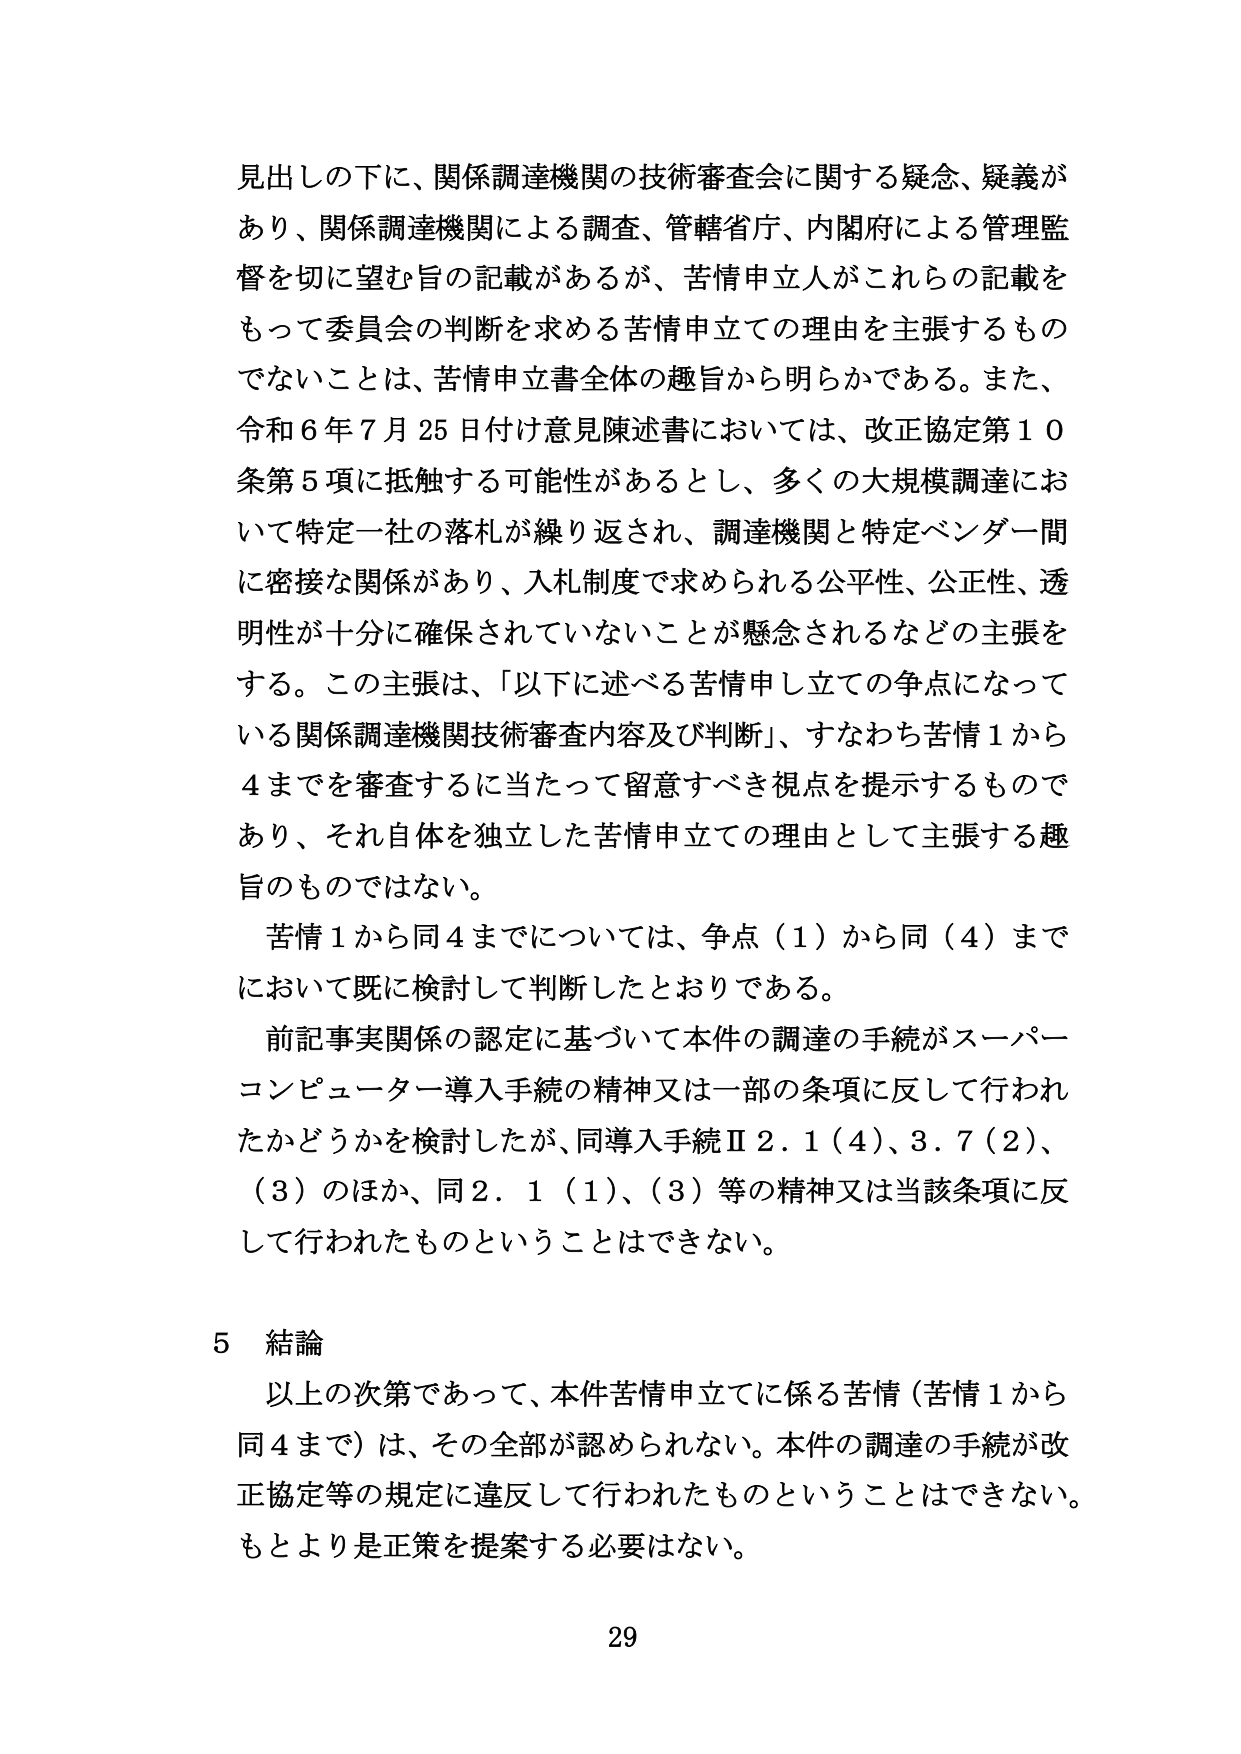
見出しの下に、関係調達機関の技術審査会に関する疑念、疑義があり、関係調達機関による調査、管轄省庁、内閣府による管理監督を切に望む旨の記載があるが、苦情申立人がこれらの記載をもって委員会の判断を求める苦情申立ての理由を主張するものでないことは、苦情申立書全体の趣旨から明らかである。また、令和６年７月25日付け意見陳述書においては、改正協定第10条第5項に抵触する可能性があるとし、多くの大規模調達において特定一社の落札が繰り返され、調達機関と特定ベンダー間に密接な関係があり、入札制度で求められる公平性、公正性、透明性が十分に確保されていないことが懸念されるなどの主張をする。この主張は、「以下に述べる苦情申し立ての争点になっている関係調達機関技術審査内容及び判断」、すなわち苦情1から4までを審査するに当たって留意すべき視点を提示するものであり、それ自体を独立した苦情申立ての理由として主張する趣旨のものではない。

苦情1から同4までについては、争点（1）から同（4）までにおいて既に検討して判断したとおりである。

前記事実関係の認定に基づいて本件の調達の手続がスーパーコンピューター導入手続の精神又は一部の条項に反して行われたかどうかを検討したが、同導入手続Ⅱ2.1（4）、3.7（2）、（3）のほか、同2.1（1）、（3）等の精神又は当該条項に反して行われたものということはできない。

5 結論

以上の次第であって、本件苦情申立てに係る苦情（苦情1から同4まで）は、その全部が認められない。本件の調達の手続が改正協定等の規定に違反して行われたものということはできない。もとより是正策を提案する必要はない。

29